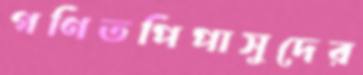
গণিতপিপাসুদের